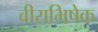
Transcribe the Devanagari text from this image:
वीराभिषेक